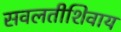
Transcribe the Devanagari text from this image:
सवलतीशिवाय